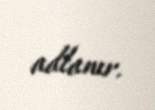
adlanır.